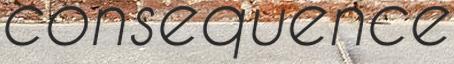
consequence